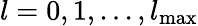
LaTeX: l=0,1,...,l_{\mathrm{max}}